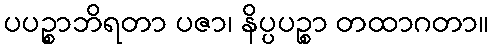
ပပဉ္စာဘိရတာ ပဇာ၊ နိပ္ပပဉ္စာ တထာဂတာ။